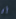
أن